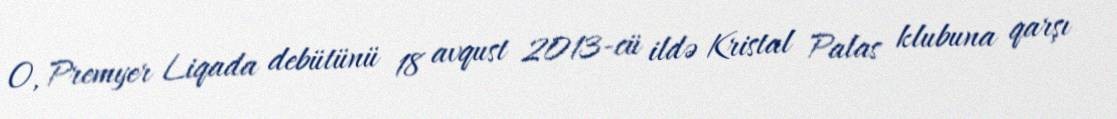
O, Premyer Liqada debütünü 18 avqust 2013-cü ildə Kristal Palas klubuna qarşı